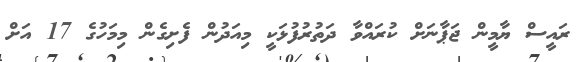
ރައީސް ޔާމީން ޖަޕާނަށް ކުރައްވާ ދަތުރުފުޅަކީ މިއަދުން ފެށިގެން މިމަހުގެ 17 އަށް